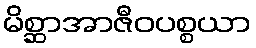
မိစ္ဆာအာဇီဝပစ္စယာ